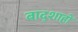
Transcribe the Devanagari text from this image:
बाद्शाहों